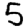
Digit: 5